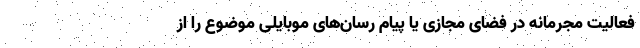
فعالیت مجرمانه در فضای مجازی یا پیام رسان‌های موبایلی موضوع را از